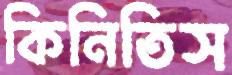
কিনিতিস